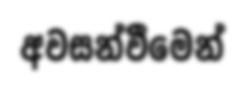
අවසන්වීමෙන්